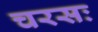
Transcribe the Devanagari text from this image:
चरसः